Civil Veterinary Dept. Bombay admin report 1907-1913 - 1907-1913
Year: 1907
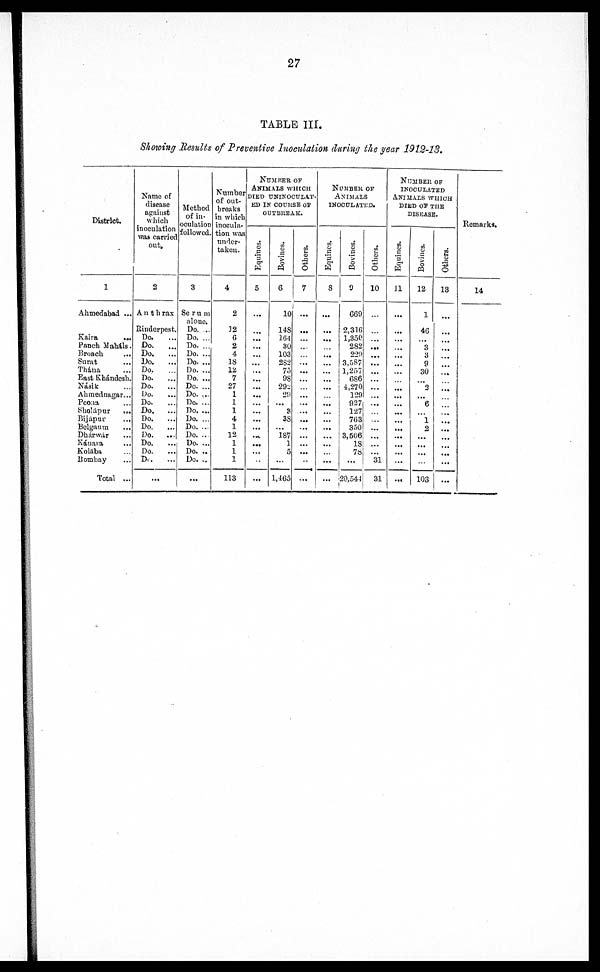
27
TABLE III.
Showing Results of Preventive Inoculation during the year 1912-13.
District
1
Ahmedabad ...
Kaira
...
Panch Maháls.
Broach ...
Surat ...
Thána ...
East Khándesh.
Násik ...
Ahmednagar...
Pcona ...
Sholapur ...
Bijapur ...
Belgaum ...
Dhárwar ...
Kánara ...
Kolába ...
Bombay ...
Total ...
Name of
disease
against
which
inoculation
was carried
out.
2
Anthrax
Rinderpest.
Do. ...
Do.
...
Do.
...
Do.
...
Do.
Do.
...
Do.
...
Do.
Do.
Do.
...
Do.
Do.
...
Do.
...
Do.
...
Do.
...
Do.
...
...
Method
of in-
oculation
followed
3
Serum
alone.
Do. ...
Do. ...
Do. ...
Do. ...
Do. ...
Do. ...
Do. ...
Do. ...
Do. ...
Do. ...
Do. ...
Do. ...
Do. ...
Do. ...
Do. ...
Do. ...
Do. ...
...
Number
of out-
breaks
in which
inocula-
tion was
under-
taken.
4
2
12
6
2
4
18
12
7
27
1
1
1
4
1
12
1
1
1
113
Number of
animals which
died uninoculat-
ed in course of
outbreak.
Equines.
5
...
...
...
...
...
...
...
...
...
...
...
...
...
...
...
...
...
...
Bovines.
6
10
148
164
30
103
282
75
98
292
29
...
8
38
...
187
1
5
...
1,465
Others.
7
...
...
...
...
...
...
...
...
...
...
...
...
...
...
...
...
...
NUMBER OF
Animals
inoculated.
Equines.
8
...
...
...
...
...
...
...
...
...
...
...
...
...
...
...
...
...
...
Bovines.
9
069
2,316
1,350
282
229
3,587
1,257
686
4,270
129
927
127
763
350
3,506
18
78
...
20,544
Others.
10
...
...
...
...
...
...
...
...
...
...
...
...
...
...
...
...
...
31
31
NUMBER OF
inoculated
Animals which
DIED OF THE
DISEASE.
Equines.
11
...
...
...
...
...
...
...
...
...
...
...
...
...
...
...
...
...
...
...
Bovines.
12
1
46
...
3
3
9
30
...
2
...
6
...
1
2
...
...
...
...
103
Others.
18
...
...
...
...
...
...
...
...
...
...
...
...
...
...
...
...
...
...
...
Remarks.
14